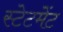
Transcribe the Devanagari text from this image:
स्‍टेटमेंट